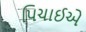
પિચાઈએ